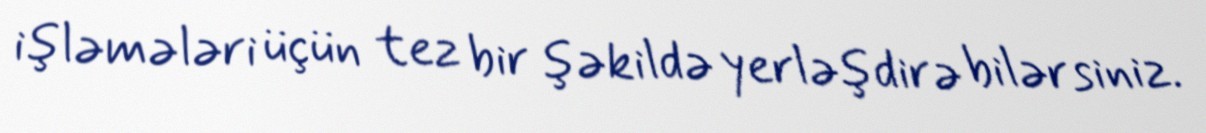
işləmələri üçün tez bir şəkildə yerləşdirə bilərsiniz.